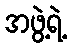
အဖွဲ့ရဲ့